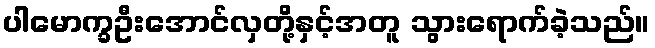
ပါမောက္ခဦးအောင်လှတို့နှင့်အတူ သွားရောက်ခဲ့သည်။